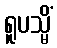
ရူပသ္မိံ